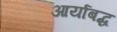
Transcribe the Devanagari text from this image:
आर्याबद्ध